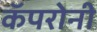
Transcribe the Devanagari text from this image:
कॅपरोनी